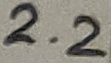
Text: 2.2